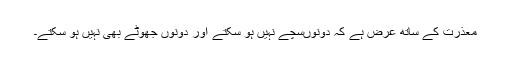
معذرت کے ساتھ عرض ہے کہ دونوںسچے نہیں ہو سکتے اور دونوں جھوٹے بھی نہیں ہو سکتے۔